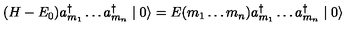
( H - E _ { 0 } ) a _ { m _ { 1 } } ^ { \dagger } \ldots a _ { m _ { n } } ^ { \dagger } \mid 0 \rangle = E ( m _ { 1 } \ldots m _ { n } ) a _ { m _ { 1 } } ^ { \dagger } \ldots a _ { m _ { n } } ^ { \dagger } \mid 0 \rangle